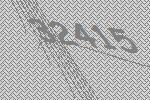
32415